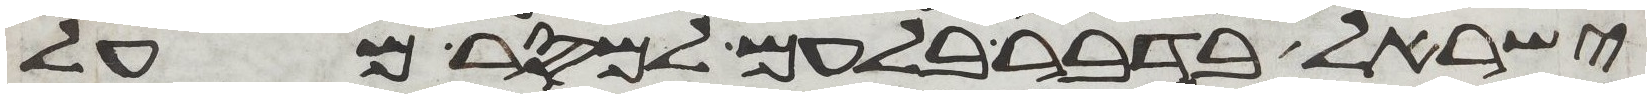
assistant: ישראל בדבר בלעם למסר מעל